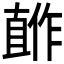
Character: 𰥺